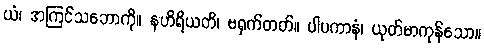
ယံ၊ အကြင်သဘောကို။ နဟိရိယတိ၊ မရှက်တတ်။ ပါပကာနံ၊ ယုတ်မာကုန်သော။